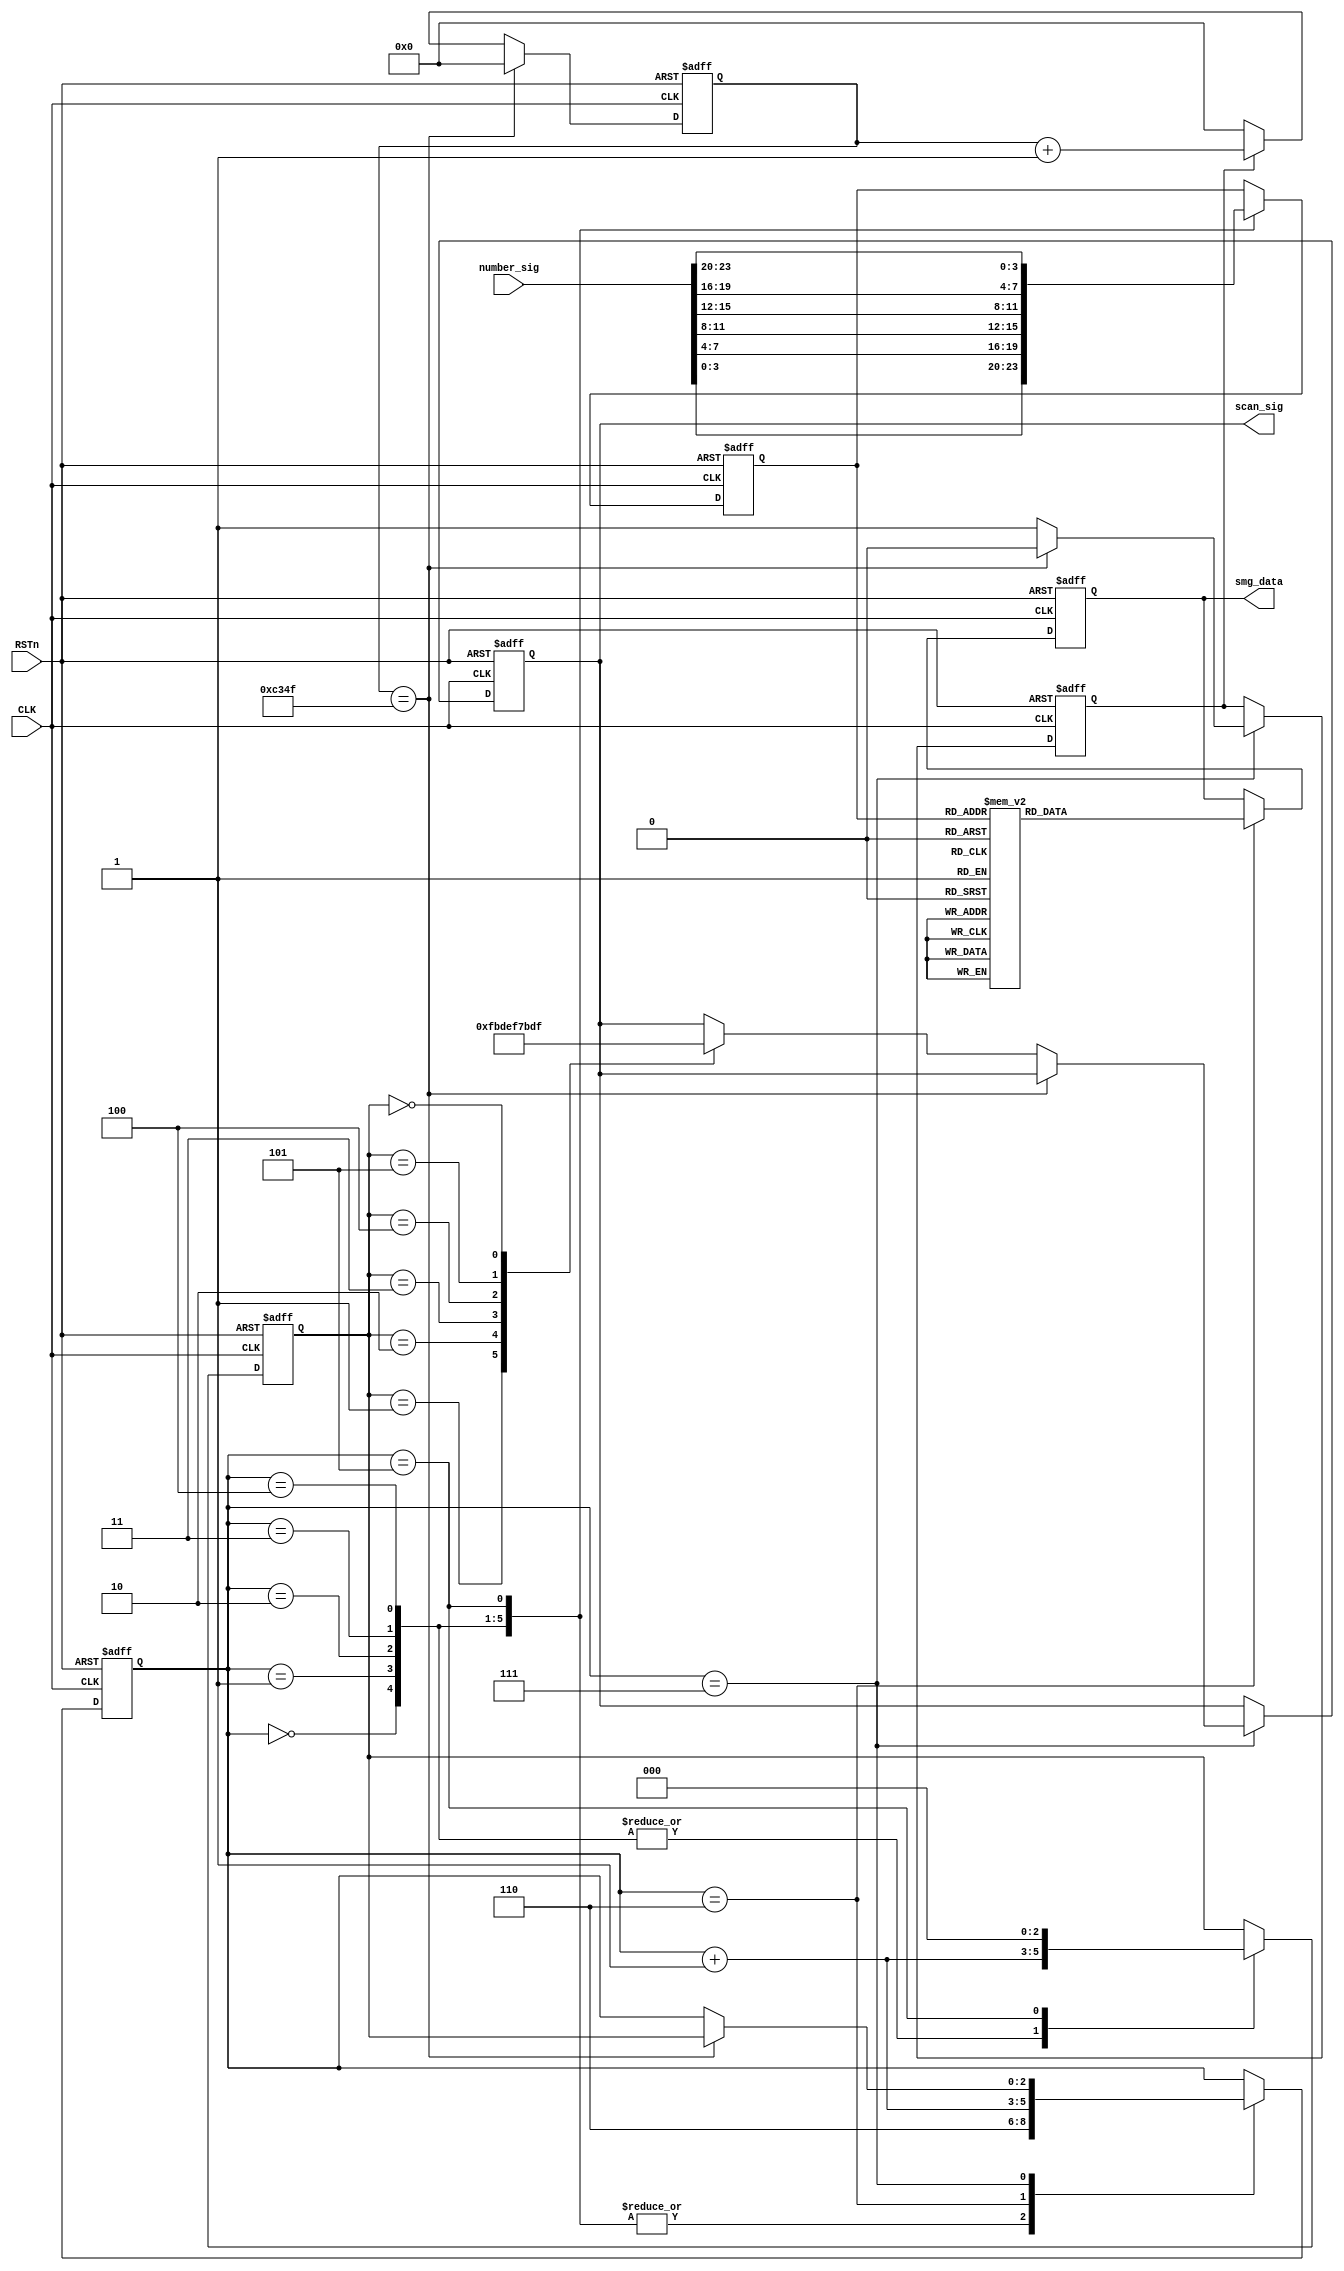
module smg_interface(
    CLK,
    RSTn,
    number_sig,
    smg_data,
    scan_sig
    );
    
    input CLK;
    input RSTn;
    input [23:0]number_sig;
    output [7:0]smg_data;
    output [5:0]scan_sig;
    
    /********************************************************/
    localparam T1MS = 16'd49_999;
    reg [15:0]count;
    
    always @(posedge CLK or negedge RSTn) begin
        if (!RSTn)
            count <= 16'd0;
        else if (count == T1MS)
            count <= 16'd0;
        else if (isCount)
            count <= count + 1'b1;
        else
            count <= 16'd0;
    end
    
    /********************************************************/
    /*
     * 6位共阳数码管: 阴显示
     * 低电平选通
     * 共阳：char code table[]={0xc0,0xf9,0xa4,0xb0,0x99,0x92,0x82,0xf8,0x80,0x90,0x88,0x83,0xc6,0xa1,0x86,0x8e};
     * 共阴：char code table[]={0x3f,0x06,0x5b,0x4f,0x66,0x6d,0x7d,0x07,0x7f,0x6f,0x77,0x7c,0x39,0x5e,0x79,0x71};
     */
    parameter _0 = 8'b1100_0000;
    parameter _1 = 8'b1111_1001;
    parameter _2 = 8'b1010_0100;
    parameter _3 = 8'b1011_0000;
    parameter _4 = 8'b1001_1001;
    parameter _5 = 8'b1001_0010;
    parameter _6 = 8'b1000_0010;
    parameter _7 = 8'b1111_1000;
    parameter _8 = 8'b1000_0000;
    parameter _9 = 8'b1001_0000;
    parameter _a = 8'b1000_1000;
    parameter _b = 8'b1000_0011;
    parameter _c = 8'b1100_0110;
    parameter _d = 8'b1010_0001;
    parameter _e = 8'b1000_0110;
    parameter _f = 8'b1000_1110;

    parameter _z = 8'b1111_1111;
    
    /********************************************************/
    reg [2:0]i, go;
    reg isCount;
    reg [3:0]rData;
    reg [7:0]rSmg;
    reg [5:0]rScan;
    
    always @(posedge CLK or negedge RSTn) begin
        if (!RSTn) begin
            i <= 3'd0;
            go <= 3'd0;
            isCount <= 1'b0;
            rData <= 4'd0;
            rSmg <= _z;
            rScan <= 6'b11_1111;
        end
        else
            case(i)
            
                0: //加载number_sig[3:0]
                    begin
                        rData <= number_sig[3:0];
                        i <= 3'd6;
                        go <= i + 1'b1;
                    end
                
                1: //加载number_sig[7:4]
                    begin
                        rData <= number_sig[7:4];
                        i <= 3'd6;
                        go <= i + 1'b1;
                    end
                    
                2: //加载number_sig[11:8]
                    begin
                        rData <= number_sig[11:8];
                        i <= 3'd6;
                        go <= i + 1'b1;
                    end
                    
                3: //加载number_sig[15:12]
                    begin
                        rData <= number_sig[15:12];
                        i <= 3'd6;
                        go <= i + 1'b1;
                    end
                    
                4: //加载number_sig[19:16]
                    begin
                        rData <= number_sig[19:16];
                        i <= 3'd6;
                        go <= i + 1'b1;
                    end
                    
                5: //加载number_sig[23:20]
                    begin
                        rData <= number_sig[23:20];
                        i <= 3'd6;
                        go <= 3'd0;
                    end
                    
                6: //smg编码
                    begin
                        case(rData)
                
                            4'd0:  rSmg <= _0;
                            4'd1:  rSmg <= _1;
                            4'd2:  rSmg <= _2;
                            4'd3:  rSmg <= _3;
                            4'd4:  rSmg <= _4;
                            4'd5:  rSmg <= _5;
                            4'd6:  rSmg <= _6;
                            4'd7:  rSmg <= _7;
                            4'd8:  rSmg <= _8;
                            4'd9:  rSmg <= _9;
                            4'd10: rSmg <= _a;
                            4'd11: rSmg <= _b;
                            4'd12: rSmg <= _c;
                            4'd13: rSmg <= _d;
                            4'd14: rSmg <= _e;
                            4'd15: rSmg <= _f;
                
                        endcase
                    
                        i <= i + 1'b1;
                    end
                
                7: //1ms smg显示
                    if (count == T1MS) begin
                        isCount <= 1'b0;
                        // rScan <= 6'b11_1111;
                        // rSmg <= _z;
                        i <= go;
                    end
                    else begin //每只数码管的点亮必需维持一段时间(亦即每只数码管必须维持一段熄灭时间)
                        isCount <= 1'b1;
                        //rScan[i] <= 1'b0;
                        //rScan <= 6'b00_0000;
                        //rScan <= 6'b11_1100;
                        // i在此态恒为6
                        // case (i)
                            // 0: rScan <= 6'b11_1110;
                            // 1: rScan <= 6'b11_1101;
                            // 2: rScan <= 6'b11_1011;
                            // 3: rScan <= 6'b11_0111;
                            // 4: rScan <= 6'b10_1111;
                            // 5: rScan <= 6'b01_1111;
                        // endcase
                        
                        case (go) //go由1~5~0 ”6ms周期内“ 每只数码管只有1ms点亮时间 其余5ms为熄灭态
                            1: rScan <= 6'b11_1110;
                            2: rScan <= 6'b11_1101;
                            3: rScan <= 6'b11_1011;
                            4: rScan <= 6'b11_0111;
                            5: rScan <= 6'b10_1111;
                            0: rScan <= 6'b01_1111;
                        endcase
                    end
                    
            endcase
    end

    assign smg_data = rSmg;
    assign scan_sig = rScan;

endmodule